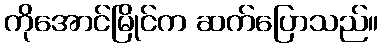
ကိုအောင်မြိုင်က ဆက်ပြောသည်။